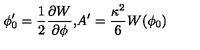
\phi _ { 0 } ^ { \prime } = \frac { 1 } { 2 } \frac { \partial W } { \partial \phi } \mathrm { , } A ^ { \prime } = \frac { \kappa ^ { 2 } } { 6 } W ( \phi _ { 0 } )